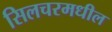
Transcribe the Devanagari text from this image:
सिलचरमधील